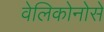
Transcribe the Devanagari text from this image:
वेलिकोनोसे